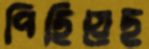
পিছিয়েছ